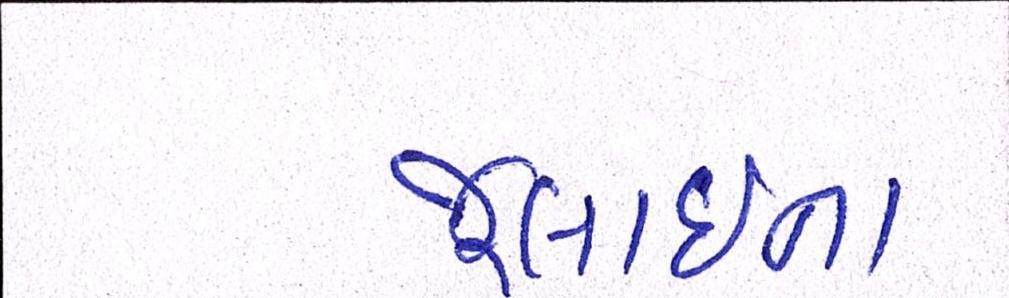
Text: જૂલાઈના